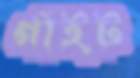
গাঁইট